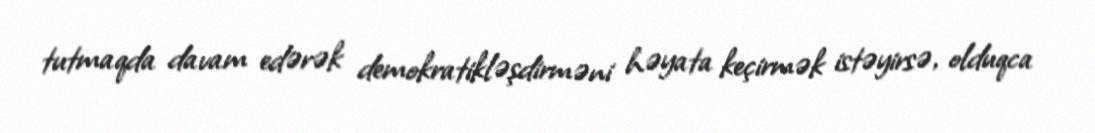
tutmaqda davam edərək demokratikləşdirməni həyata keçirmək istəyirsə, olduqca